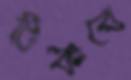
টিকবে